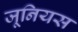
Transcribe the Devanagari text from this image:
जूनियस